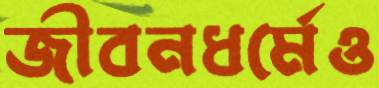
জীবনধর্মেও